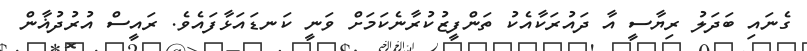
ގެނައި ބަދަލު ރިޔާސީ އާ ދައުރަކާއެކު ތަންފީޒުކުރާނެކަމަށް ވަނީ ކަނޑައަޅާފައެވެ. ރައީސް އުރުދުޣާން